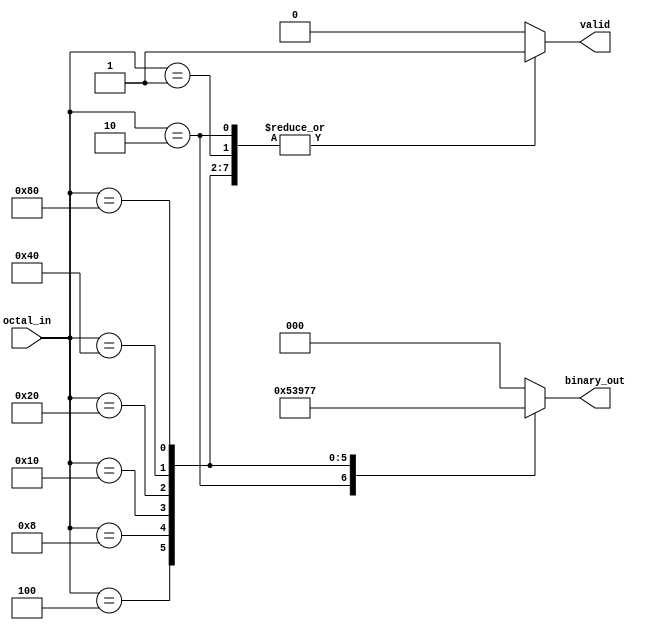
module octal_to_binary_encoder (
    input wire [7:0] octal_in,     // 8-bit input representing octal digits
    output reg [2:0] binary_out,    // 3-bit output for binary equivalent
    output reg valid                 // 1-bit output for validity
);

    always @(*) begin
        // Default outputs
        binary_out = 3'b000; // Default to binary 000
        valid = 1'b0;        // Default to invalid

        case (octal_in)
            8'b00000001: begin binary_out = 3'b000; valid = 1'b1; end // octal 0
            8'b00000010: begin binary_out = 3'b001; valid = 1'b1; end // octal 1
            8'b00000100: begin binary_out = 3'b010; valid = 1'b1; end // octal 2
            8'b00001000: begin binary_out = 3'b011; valid = 1'b1; end // octal 3
            8'b00010000: begin binary_out = 3'b100; valid = 1'b1; end // octal 4
            8'b00100000: begin binary_out = 3'b101; valid = 1'b1; end // octal 5
            8'b01000000: begin binary_out = 3'b110; valid = 1'b1; end // octal 6
            8'b10000000: begin binary_out = 3'b111; valid = 1'b1; end // octal 7
            default: begin 
                binary_out = 3'b000; // Define output as 000 for invalid
                valid = 1'b0;        // Invalid input
            end
        endcase
    end

endmodule